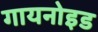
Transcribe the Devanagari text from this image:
गायनोइड